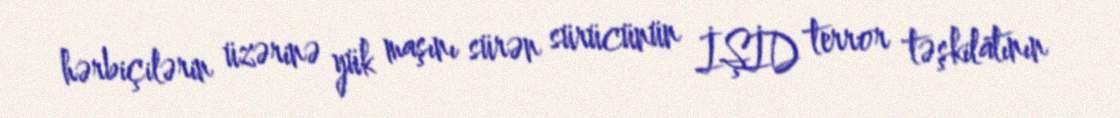
hərbiçilərin üzərinə yük maşını sürən sürücünün İŞİD terror təşkilatının